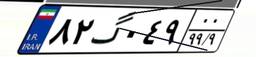
۸۲گ۰۴۹۰۰